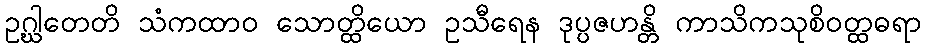
ဥဂ္ဃါတေတိ သံကထာဝ သောတ္ထိယော ဥသီရေန ဒုပ္ပဇဟန္တိ ကာသိကသုစိဝတ္ထဓရာ